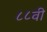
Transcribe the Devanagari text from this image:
८८वी